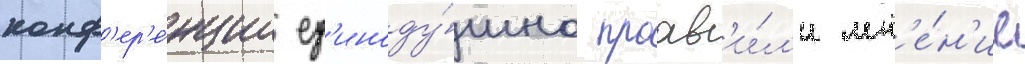
конф'ер'е́нции ед'иноду́шно проав'и́л'и мн'е́н'ие